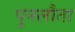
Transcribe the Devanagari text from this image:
पुनलौता